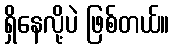
ရှိနေလို့ပဲ ဖြစ်တယ်။